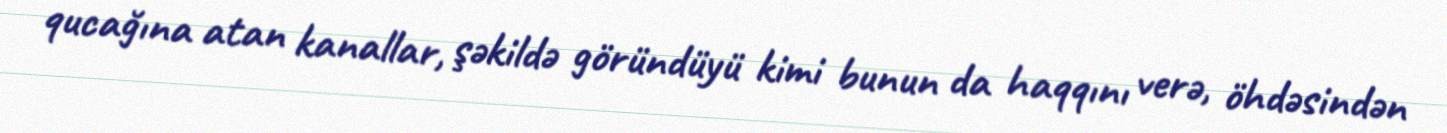
qucağına atan kanallar, şəkildə göründüyü kimi bunun da haqqını verə, öhdəsindən